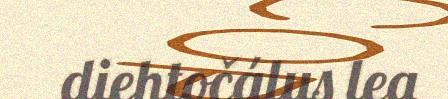
diehtočálus lea